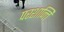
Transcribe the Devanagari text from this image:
परशान्तिं